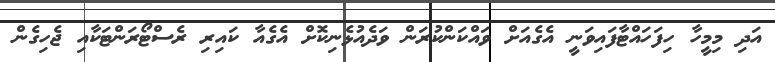
އަދި މިމީހާ ހިފަހައްޓާފައިވަނީ އެގެއަށް ވައްކަންކުރަން ވަދެއުޅެނިކޮށް އެގެއާ ކައިރި ރެސްޓޯރަންޓަކާއި ޖެހިގެން